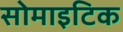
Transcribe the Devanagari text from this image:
सोमाइटिक